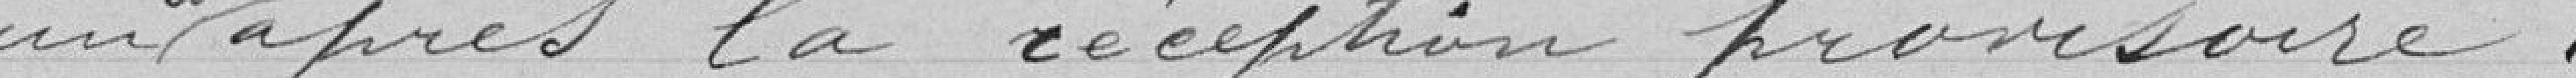
un an après la réception provisoire.